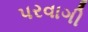
પરવાગી